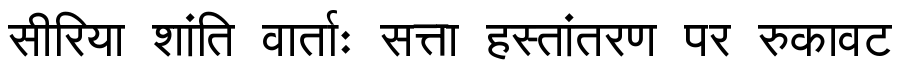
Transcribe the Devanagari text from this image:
सीरिया शांति वार्ताः सत्ता हस्तांतरण पर रुकावट